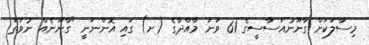
މިސާލަކަށް ގާނޫނުއަސާސީގެ 61 ވަނަ މާއްދާގެ (ށ) ގައި އޮންނަނީ "ގާނޫނެއް ނުވަތަ